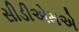
સીડીએમએ